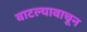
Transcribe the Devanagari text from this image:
वाटल्यावाचून